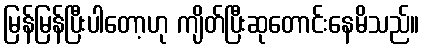
မြန်မြန်ပြီးပါတော့ဟု ကျိတ်ပြီးဆုတောင်းနေမိသည်။